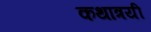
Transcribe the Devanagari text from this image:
कथात्रयी